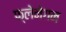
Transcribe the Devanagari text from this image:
फ्लेनेगन